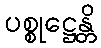
ပစ္စုဋ္ဌေန္တိ